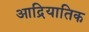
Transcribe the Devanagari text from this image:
आद्रियातिक